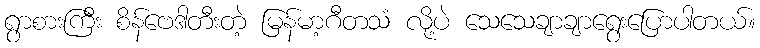
ရွာစားကြီး စိန်ဗေဒါတီးတဲ့ မြန်မာ့ဂီတသံ လို့ပဲ သေသေချာချာရွေးပြောပါတယ်။